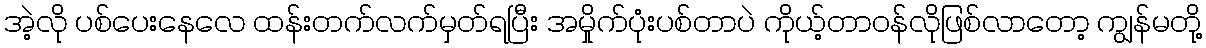
အဲ့လို ပစ်ပေးနေလေ ထန်းတက်လက်မှတ်ရပြီး အမှိုက်ပုံးပစ်တာပဲ ကိုယ့်တာဝန်လိုဖြစ်လာတော့ ကျွန်မတို့